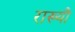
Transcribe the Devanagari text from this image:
राख्यौ